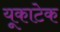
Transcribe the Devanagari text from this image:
यूकाटेक